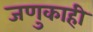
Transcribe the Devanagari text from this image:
जणुकाही